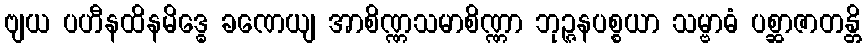
ဗျယ ပဟီနထိနမိဒ္ဓေ ခဏေယျ အာစိဏ္ဏသမာစိဏ္ဏာ ဘုဉ္ဇနပစ္စယာ သမ္ဗာဓံ ပစ္ဆာဇာတန္တိ